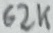
Text: 62K